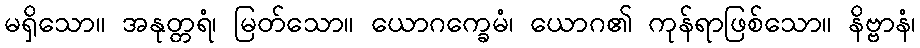
မရှိသော။ အနုတ္တရံ၊ မြတ်သော။ ယောဂက္ခေမံ၊ ယောဂ၏ ကုန်ရာဖြစ်သော။ နိဗ္ဗာနံ၊